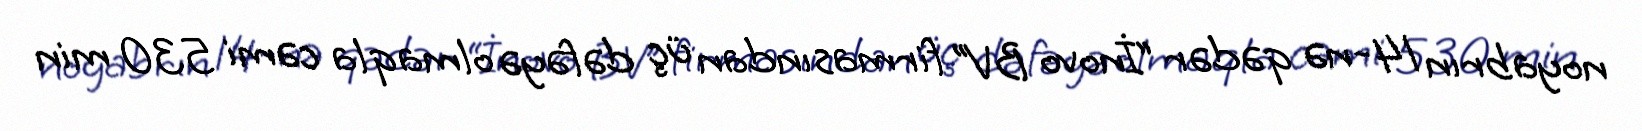
noyabrın 14-nə qədər “İnovo BV” firmasından üç dəfəyə olmaqla cəmi 530 min